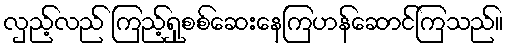
လှည့်လည် ကြည့်ရှုစစ်ဆေးနေကြဟန်ဆောင်ကြသည်။